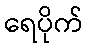
ရေပိုက်